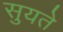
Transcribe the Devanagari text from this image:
सुयते